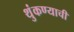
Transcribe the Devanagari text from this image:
थुंकण्याची